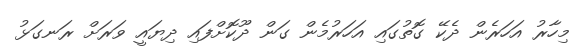
މިހާރު އަހަރެން ދެކޭ ގޮތުގައި އަހަރުމެން ގަން ދޫކޮށްފައި ދިޔައީ ވަރަށް ރަނގަޅު